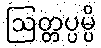
ဩတ္တပ္ပမ္ပိ